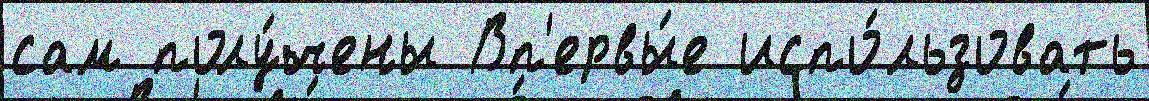
сам полу́чены Вп'ервы́е испо́льзовать